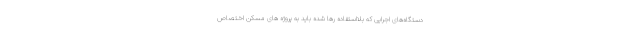
دستگاه‌های اجرایی که بلااستفاده رها شده باید به پروژه های مسکن اختصاص